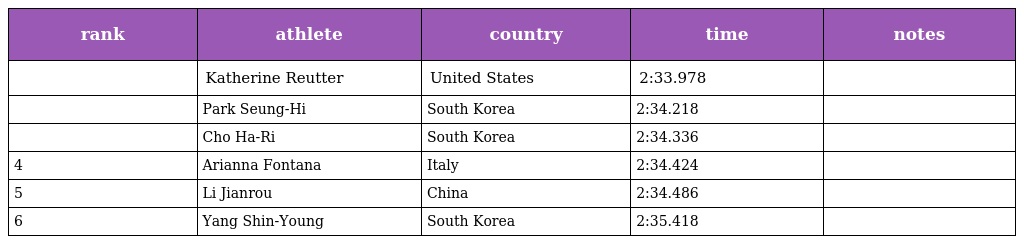
| rank | athlete | country | time | notes |
 | --- | --- | --- | --- | --- |
 |  | Katherine Reutter | United States | 2:33.978 |  |
 |  | Park Seung-Hi | South Korea | 2:34.218 |  |
 |  | Cho Ha-Ri | South Korea | 2:34.336 |  |
 | 4 | Arianna Fontana | Italy | 2:34.424 |  |
 | 5 | Li Jianrou | China | 2:34.486 |  |
 | 6 | Yang Shin-Young | South Korea | 2:35.418 |  |